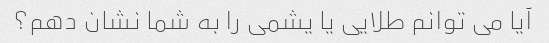
آیا می توانم طلایی یا یشمی را به شما نشان دهم؟